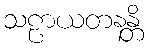
သဠာယတနန္တိ